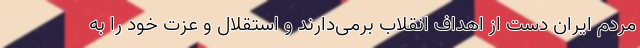
مردم ایران دست از اهداف انقلاب برمی‌دارند و استقلال و عزت خود را به